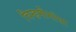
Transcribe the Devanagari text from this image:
चिन्हमीमांसा